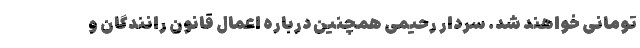
تومانی خواهند شد. سردار رحیمی همچنین درباره اعمال قانون رانندگان و